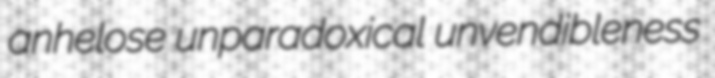
anhelose unparadoxical unvendibleness